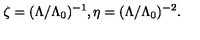
\zeta = ( \Lambda / \Lambda _ { 0 } ) ^ { - 1 } , \eta = ( \Lambda / \Lambda _ { 0 } ) ^ { - 2 } .